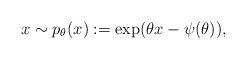
LaTeX: \begin{align*} x\sim p_{\theta}(x):=\exp(\theta x-\psi(\theta)),\end{align*}